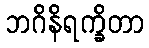
ဘဂိနိရက္ခိတာ